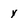
Character: y